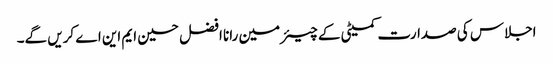
اجلاس کی صدارت کمیٹی کے چیئرمین رانا افضل حسین ایم این اے کریں گے۔